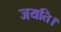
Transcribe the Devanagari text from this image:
जयति।